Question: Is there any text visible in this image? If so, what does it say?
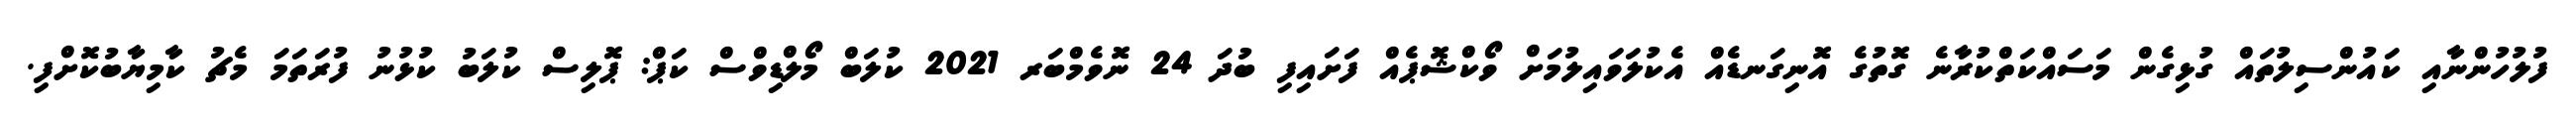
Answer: ފުލުހުންނާއި ކައުންސިލުތައް ގުޅިގެން މަސައްކަތްކުރާނެ ގޮތުގެ އޮނިގަނޑެއް އެކުލަވައިލުމަށް ވޯކްޝޮޕެއް ފަށައިފި ބުދަ 24 ނޮވެމްބަރ 2021 ކުލަބް މޯލްޑިވްސް ކަޕް: ޕޮލިސް ކުލަބު ކުޅުނު ފުރަތަމަ މެޗު ކާމިޔާބުކޮށްފި.